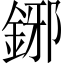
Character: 鋣